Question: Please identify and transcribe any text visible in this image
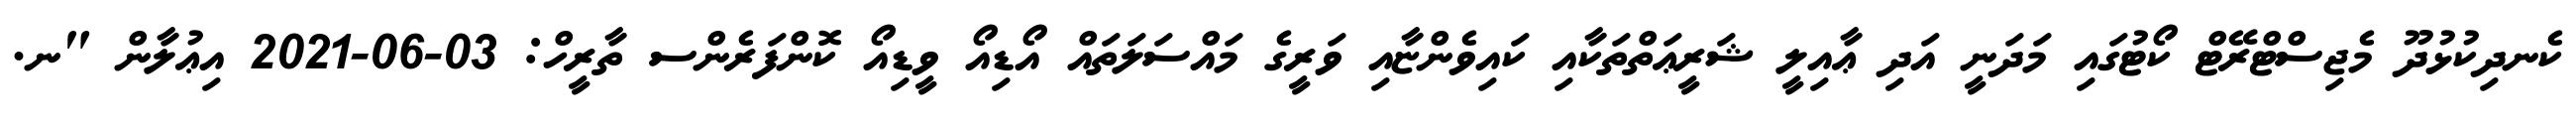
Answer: ކެނދިކުޅުދޫ މެޖިސްޓްރޭޓް ކޯޓުގައި މަދަނީ އަދި ޢާއިލީ ޝަރީޢަތްތަކާއި ކައިވެންޏާއި ވަރީގެ މައްސަލަތައް އޯޑިއޯ ވީޑިއޯ ކޮންފަރެންސ ތާރީހް: 03-06-2021 އިޢުލާން "ނ.